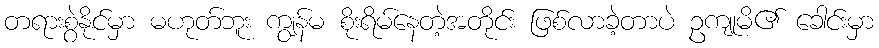
တရားစွဲနိုင်မှာ မဟုတ်ဘူး ကျွန်မ စိုးရိမ်နေတဲ့အတိုင်း ဖြစ်လာခဲ့တာပဲ ဥကျုမိ၏ ခေါင်းမှာ